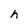
Character: h